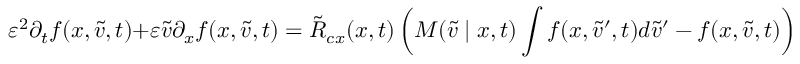
\varepsilon ^ { 2 } \partial _ { t } f ( x , \tilde { v } , t ) + \varepsilon \tilde { v } \partial _ { x } f ( x , \tilde { v } , t ) = \tilde { R } _ { c x } ( x , t ) \left( M ( \tilde { v } \mid x , t ) \int f ( x , \tilde { v } ^ { \prime } , t ) d \tilde { v } ^ { \prime } - f ( x , \tilde { v } , t ) \right) .